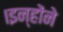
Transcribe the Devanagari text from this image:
।इन्हाेंने